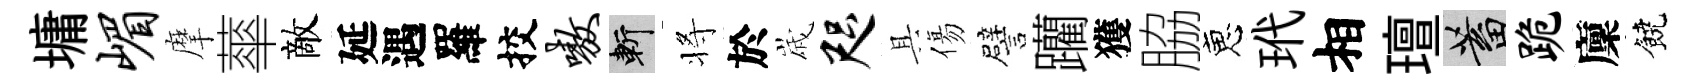
墉嵋摩蕐敵延遇羅挍嗷斬将於𡻕咫具傷譬躪獲脇恵玳相璮蓄跪廩饒